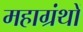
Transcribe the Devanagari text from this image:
महाग्रंथों